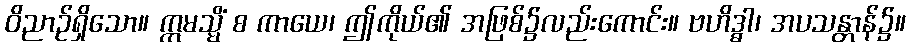
ဝိညာဉ်ရှိသော။ ဣမသ္မိံ စ ကာယေ၊ ဤကိုယ်၏ အဖြစ်၌လည်းကောင်း။ ဗဟိဒ္ဓါ၊ အပသန္တာန်၌။